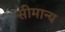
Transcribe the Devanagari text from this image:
सीमान्य